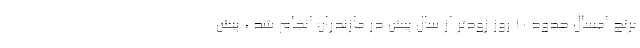
برنج امسال حدود ۱۰ روز زودتر از سال پیش در مازندران انجام شد ، پیش